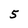
Character: 5